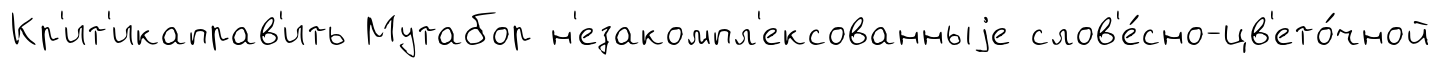
Кр'ит'икаправ'ить Мутабор н'езакомпл'ексованныjе слов'е́сно-цв'ето́чной